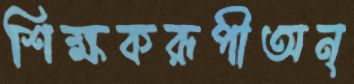
শিক্ষকরূপীঅন্